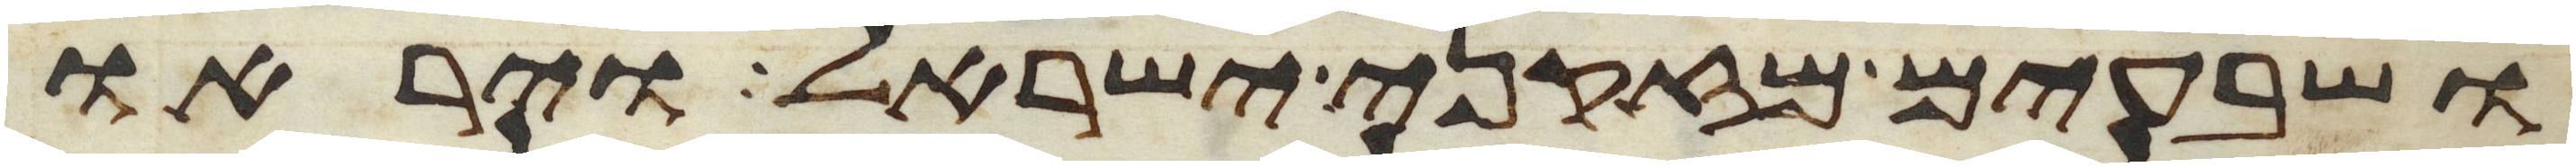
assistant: ושבעים מזקני ישראל ויראו